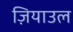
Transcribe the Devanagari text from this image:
ज़ियाउल